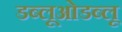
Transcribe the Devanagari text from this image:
डब्लूओडब्लू